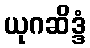
ယုဂဆိဒ္ဒံ